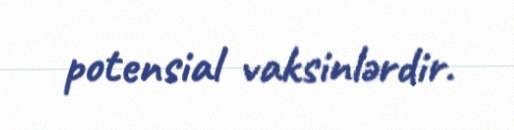
potensial vaksinlərdir.